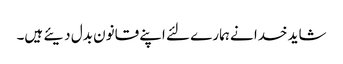
شاید خدا نے ہمارے لئے اپنے قانون بدل دیئے ہیں۔